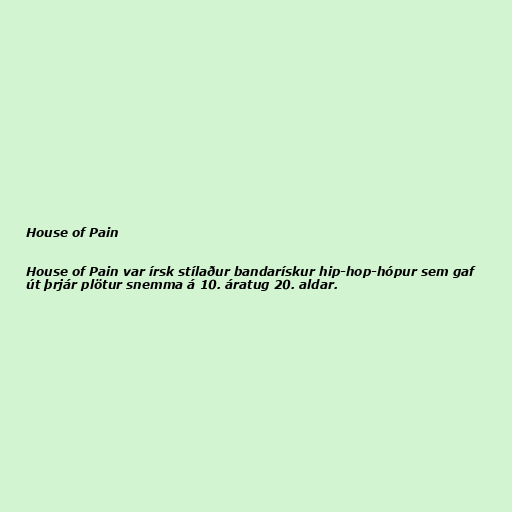
House of Pain

House of Pain var írsk stílaður bandarískur hip-hop-hópur sem gaf
út þrjár plötur snemma á 10. áratug 20. aldar.